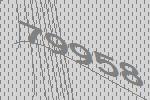
79958